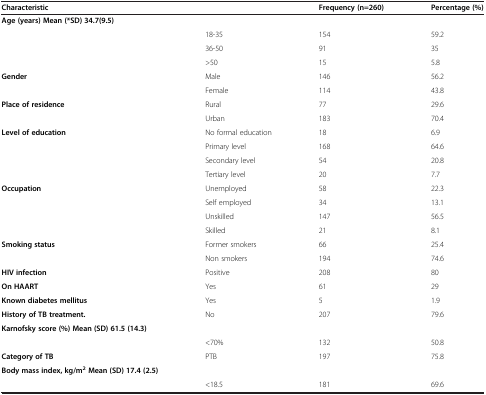
| Characteristic |  | Frequency (n=260) | Percentage (%) |
 | --- | --- | --- | --- |
 | Age (years) Mean (*SD) 34.7(9.5) |  |  |  |
 |  | 18-35 | 154 | 59.2 |
 |  | 36-50 | 91 | 35 |
 |  | >50 | 15 | 5.8 |
 | Gender | Male | 146 | 56.2 |
 |  | Female | 114 | 43.8 |
 | Place of residence | Rural | 77 | 29.6 |
 |  | Urban | 183 | 70.4 |
 | Level of education | No formal education | 18 | 6.9 |
 |  | Primary level | 168 | 64.6 |
 |  | Secondary level | 54 | 20.8 |
 |  | Tertiary level | 20 | 7.7 |
 | Occupation | Unemployed | 58 | 22.3 |
 |  | Self employed | 34 | 13.1 |
 |  | Unskilled | 147 | 56.5 |
 |  | Skilled | 21 | 8.1 |
 | Smoking status | Former smokers | 66 | 25.4 |
 |  | Non smokers | 194 | 74.6 |
 | HIV infection | Positive | 208 | 80 |
 | On HAART | Yes | 61 | 29 |
 | Known diabetes mellitus | Yes | 5 | 1.9 |
 | History of TB treatment. | No | 207 | 79.6 |
 | Karnofsky score (%) Mean (SD) 61.5 (14.3) |  |  |  |
 |  | <70% | 132 | 50.8 |
 | Category of TB | PTB | 197 | 75.8 |
 | Body mass index, kg/m2 Mean (SD) 17.4 (2.5) |  |  |  |
 |  | <18.5 | 181 | 69.6 |